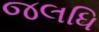
જલધિ